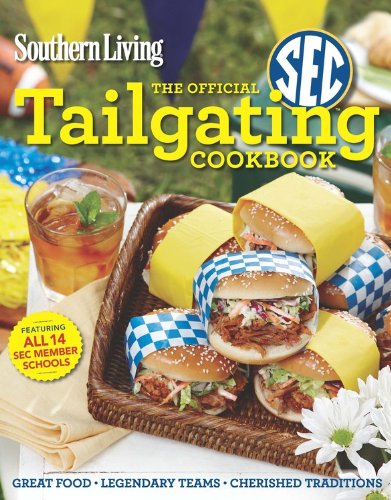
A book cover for Southern Living The Official SEC Tailgating Cookbook: Great Food Legendary Teams Cherished Traditions (Southern Living (Paperback Oxmoor)); Editors of Southern Living Magazine; Cookbooks, Food & Wine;